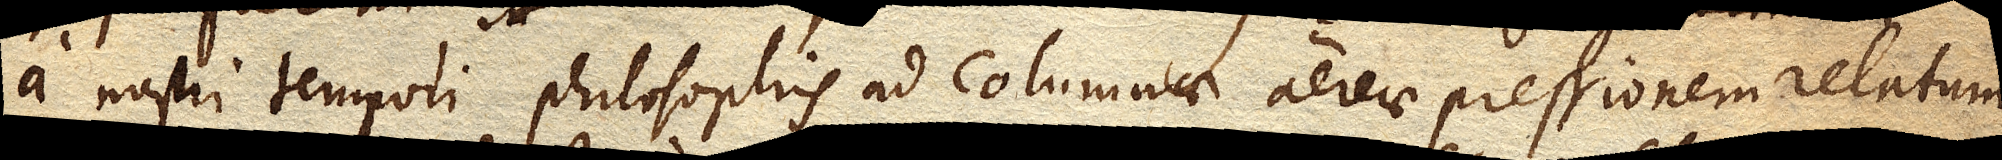
a nostri tempori philosophis ad columnae aereae pressionem relatum